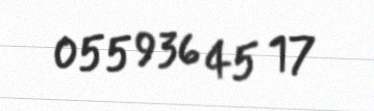
055 936 45 17